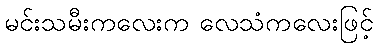
မင်းသမီးကလေးက လေသံကလေးဖြင့်